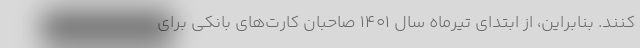
کنند. بنابراین، از ابتدای تیرماه سال ۱۴۰۱ صاحبان کارت‌های بانکی برای